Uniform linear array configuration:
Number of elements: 12
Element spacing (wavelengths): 0.5
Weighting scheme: binomial
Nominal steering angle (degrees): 60
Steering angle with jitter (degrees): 58.236
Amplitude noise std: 0.05
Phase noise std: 0.05

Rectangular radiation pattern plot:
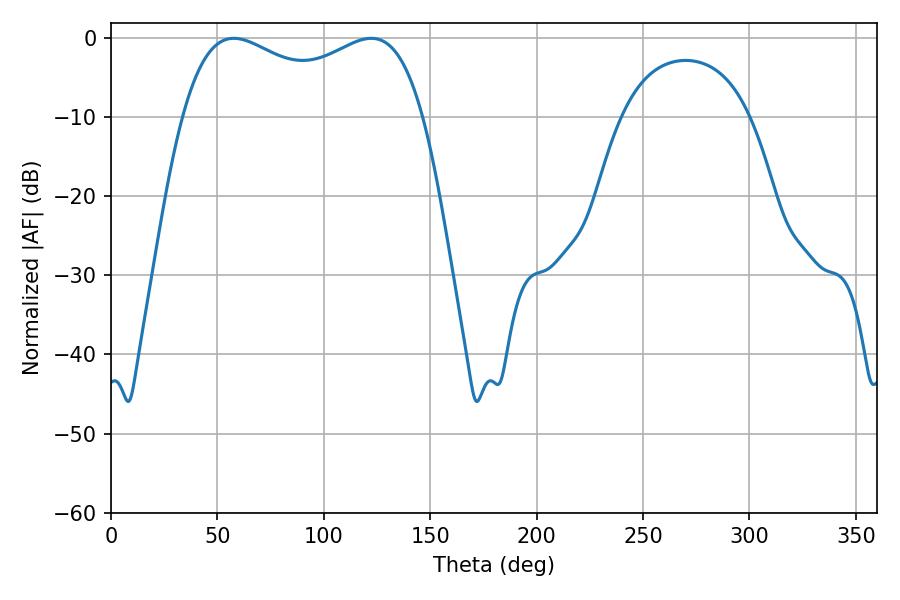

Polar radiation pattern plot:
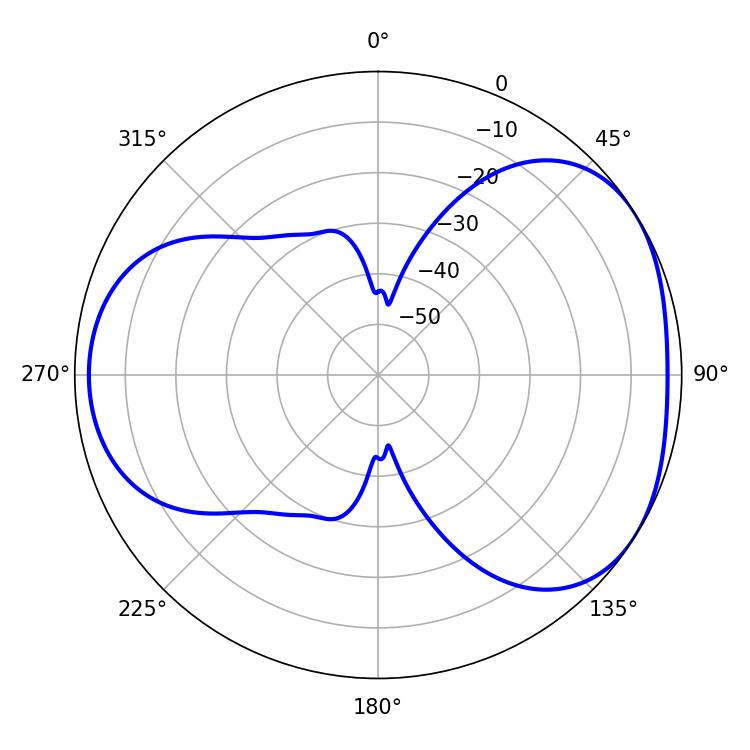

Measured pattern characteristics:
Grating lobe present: FALSE
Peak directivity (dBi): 4.09
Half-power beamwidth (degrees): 93.6
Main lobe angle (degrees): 57.78